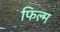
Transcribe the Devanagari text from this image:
फिल्‍म्‍ा